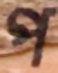
প